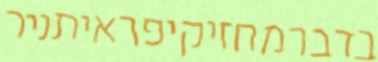
בדברמחזיקיפראיתניר